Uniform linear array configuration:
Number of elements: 64
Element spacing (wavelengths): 1
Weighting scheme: cosine
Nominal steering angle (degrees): -30
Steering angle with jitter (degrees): -31.591
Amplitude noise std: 0.05
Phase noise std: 0.05

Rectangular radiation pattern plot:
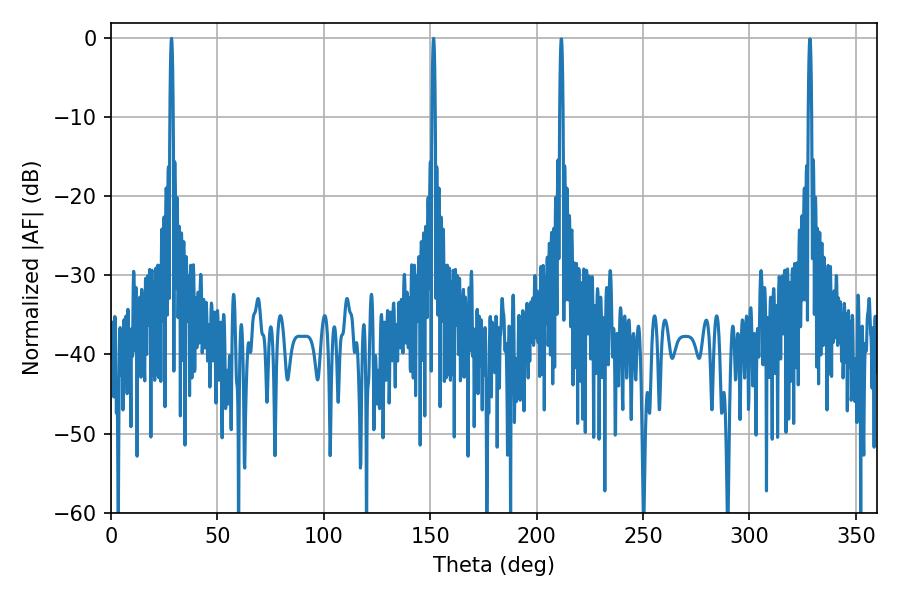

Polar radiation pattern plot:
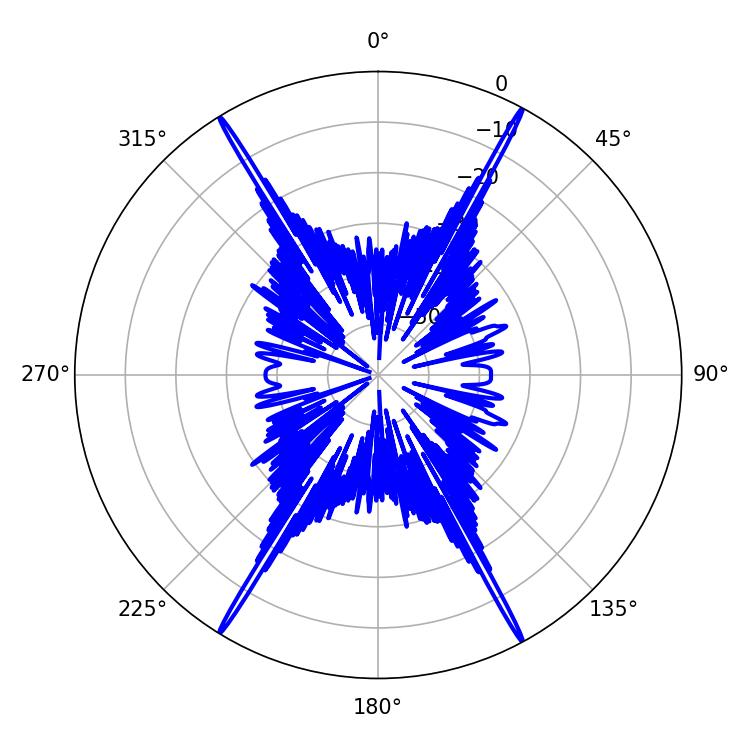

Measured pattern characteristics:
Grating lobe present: TRUE
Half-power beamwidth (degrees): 0.72
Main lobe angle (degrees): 151.56